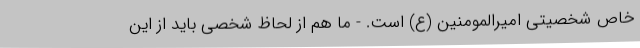
خاص شخصیتی امیرالمومنین (ع) است. - ما هم از لحاظ شخصی باید از این